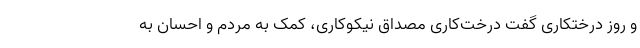
و روز درختکاری گفت درخت‌کاری مصداق نیکوکاری، کمک به مردم و احسان به